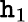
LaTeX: \mathtt{h}_{1}